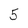
Character: 5